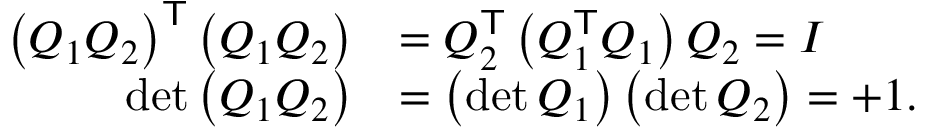
{ \begin{array} { r l } { \left( Q _ { 1 } Q _ { 2 } \right) ^ { \mathsf { T } } \left( Q _ { 1 } Q _ { 2 } \right) } & { = Q _ { 2 } ^ { \mathsf { T } } \left( Q _ { 1 } ^ { \mathsf { T } } Q _ { 1 } \right) Q _ { 2 } = I } \\ { \operatorname* { d e t } \left( Q _ { 1 } Q _ { 2 } \right) } & { = \left( \operatorname* { d e t } Q _ { 1 } \right) \left( \operatorname* { d e t } Q _ { 2 } \right) = + 1 . } \end{array} }